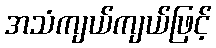
အသံကျယ်ကျယ်ဖြင့်